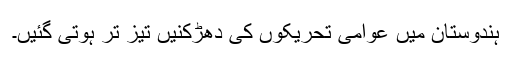
ہندوستان میں عوامی تحریکوں کی دھڑکنیں تیز تر ہوتی گئیں۔